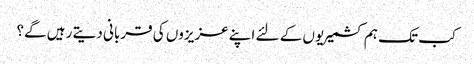
کب تک ہم کشمیریوں کے لئے اپنے عزیزوں کی قربانی دیتے رہیں گے؟